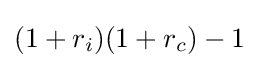
(1+r_{i})(1+r_{c})-1